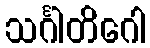
သင်္ဂါတိဂေါ